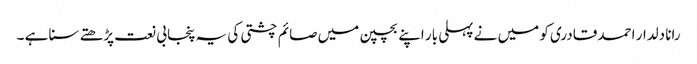
رانا دلدار احمد قادری کو میں نے پہلی بار اپنے بچپن میں صائم چشتی کی یہ پنجابی نعت پڑھتے سنا ہے ۔